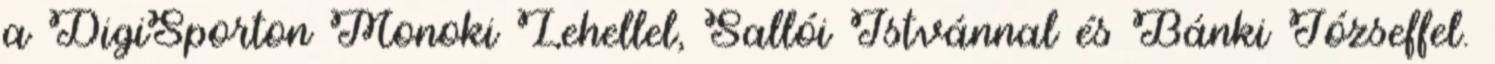
a DigiSporton Monoki Lehellel, Sallói Istvánnal és Bánki Józseffel.